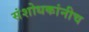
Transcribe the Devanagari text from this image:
संशोधकांनीच